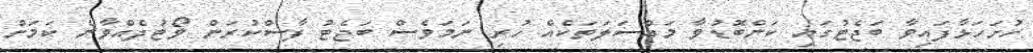
ހުށަހަޅާފައިވާ ބަޖެޓުގައި ކަންބޮޑުވާ މައްސަލަތަކެއް ހުރި ނަމަވެސް ބަޖެޓު ފާސްކުރަން ވޯޓުދެއްވާނެ ކަމަށް